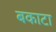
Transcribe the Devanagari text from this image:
बकाटा